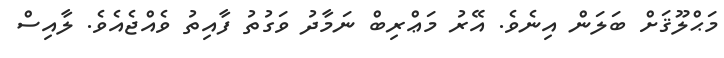
މަޙްލޫޤަށް ބަލަން އިނެވެ. އޭރު މަޢްރިބް ނަމާދު ވަގުތު ފާއިތު ވެއްޖެއެވެ. ލާއިސް